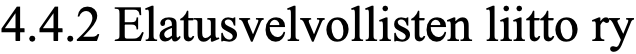
4.4.2 Elatusvelvollisten liitto ry